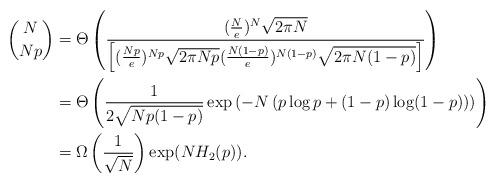
LaTeX: \begin{align*}\binom{N}{Np}&=\Theta\left( \frac{(\frac{N}{e})^{N} \sqrt{2 \pi N}}{ \left[ (\frac{Np}{e})^{Np} \sqrt{2 \pi Np}(\frac{N(1-p)}{e})^{N(1-p)} \sqrt{2 \pi N(1-p)} \right] }\right)\\&=\Theta \left( \frac{1}{2\sqrt{Np(1-p)}}\exp\left(-N\left(p\log p+(1-p) \log (1-p)\right)\right) \right)\\&=\Omega \left(\frac{1}{\sqrt{N}}\right) \exp(NH_2(p)).\end{align*}